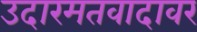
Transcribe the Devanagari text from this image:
उदारमतवादावर